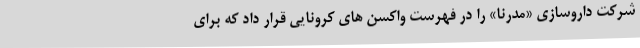
شرکت داروسازی «مدرنا» را در فهرست واکسن های کرونایی قرار داد که برای